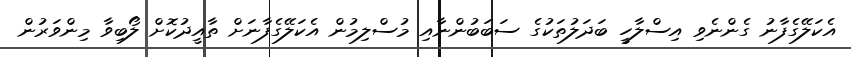
އެކަލޭގެފާނު ގެންނެވި އިސްލާހީ ބަދަލުތަކުގެ ސަބަބުންނާއި މުސްލިމުން އެކަލޭގެފާނަށް ތާއީދުކޮށް ލޯބިވާ މިންވަރުން